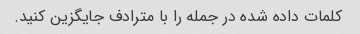
کلمات داده شده در جمله را با مترادف جایگزین کنید.